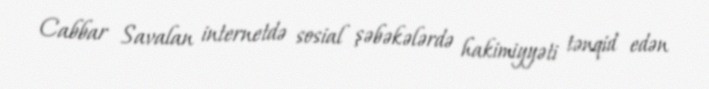
Cabbar Savalan internetdə sosial şəbəkələrdə hakimiyyəti tənqid edən